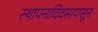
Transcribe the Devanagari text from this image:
स्थापनादिवसापासून